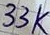
Text: 33K